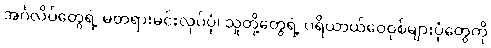
အင်္ဂလိပ်တွေရဲ့ မတရားမင်းလုပ်ပုံ၊ သူတို့တွေရဲ့ ပရိယာယ်ဝေဝုစ်များပုံတွေကို